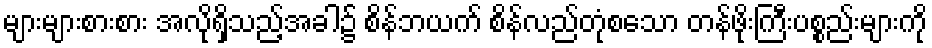
များများစားစား အလိုရှိသည့်အခါ၌ စိန်ဘယက် စိန်လည်တုံစသော တန်ဖိုးကြီးပစ္စည်းများကို